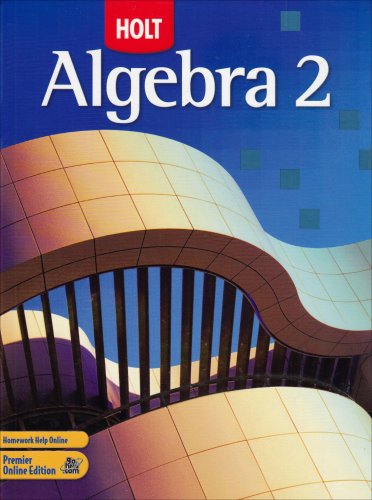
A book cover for Holt Algebra 2: Student Edition 2007; RINEHART AND WINSTON HOLT; Teen & Young Adult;